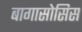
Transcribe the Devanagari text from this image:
बागासोसिस